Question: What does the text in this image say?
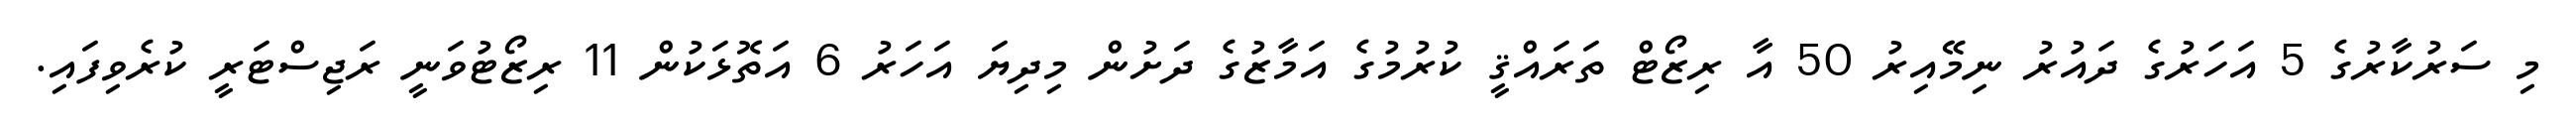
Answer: މި ސަރުކާރުގެ 5 އަހަރުގެ ދައުރު ނިމޭއިރު 50 އާ ރިޒޯޓް ތަރައްޤީ ކުރުމުގެ އަމާޒުގެ ދަށުން މިދިޔަ އަހަރު 6 އަތޮޅަކުން 11 ރިޒޯޓުވަނީ ރަޖިސްޓަރީ ކުރެވިފައި.